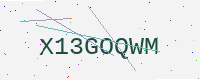
Text: X13GOQWM